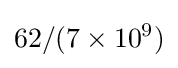
62/(7\times 10^{9})